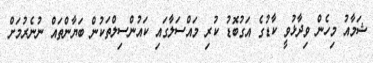
ޝަމާއު މިހެން ވިދާޅުވީ ކާޑުގެ އަގުބޮޑު ކުރި މައްސަލާގައި ކައުންސިލްތަކުން ބަޔާންތައް ނުނެރުމަށް